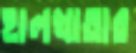
হালখাতার